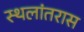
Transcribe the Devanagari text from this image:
स्थलांतरास